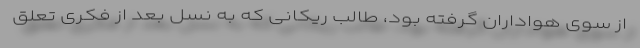
از سوی هواداران گرفته بود، طالب ریکانی که به نسل بعد از فکری تعلق